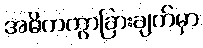
အဓိကကွာခြားချက်မှာ